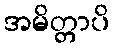
အမိတ္တာပိ